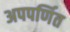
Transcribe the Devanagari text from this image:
अपपर्णित